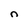
Character: n